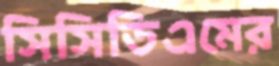
সিসিডিএমের